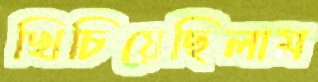
খিচিয়েছিলাম